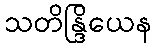
သတိန္ဒြိယေန